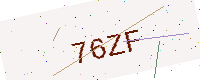
Text: 76ZF